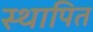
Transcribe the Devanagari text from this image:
स्थापित